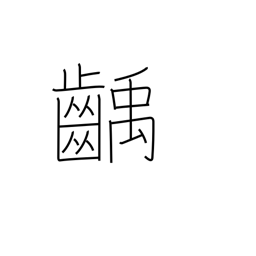
Meaning: decayed tooth